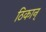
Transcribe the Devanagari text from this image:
ठिकान्